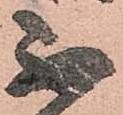
不